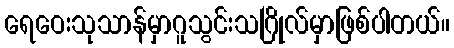
ရေဝေးသုသာန်မှာဂူသွင်းသဂြိုလ်မှာဖြစ်ပါတယ်။